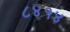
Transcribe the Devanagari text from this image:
८४१४